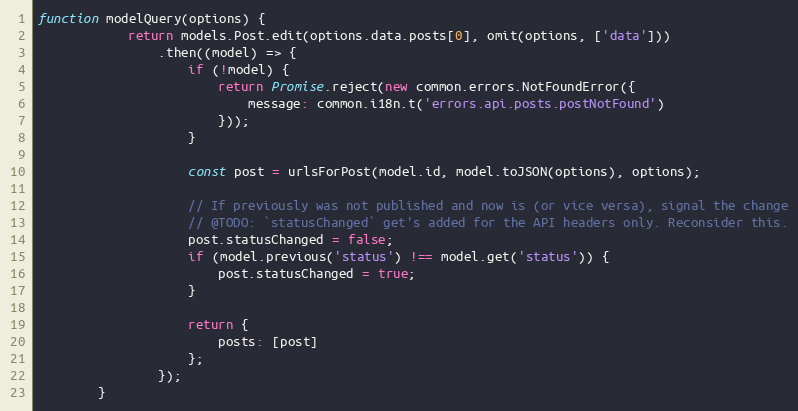
Language: JavaScript
function modelQuery(options) {
            return models.Post.edit(options.data.posts[0], omit(options, ['data']))
                .then((model) => {
                    if (!model) {
                        return Promise.reject(new common.errors.NotFoundError({
                            message: common.i18n.t('errors.api.posts.postNotFound')
                        }));
                    }

                    const post = urlsForPost(model.id, model.toJSON(options), options);

                    // If previously was not published and now is (or vice versa), signal the change
                    // @TODO: `statusChanged` get's added for the API headers only. Reconsider this.
                    post.statusChanged = false;
                    if (model.previous('status') !== model.get('status')) {
                        post.statusChanged = true;
                    }

                    return {
                        posts: [post]
                    };
                });
        }